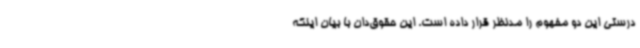
درستی این دو مفهوم را مدنظر قرار داده است. این حقوق‌دان با بیان اینکه